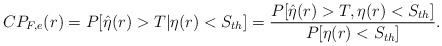
\begin{align*}CP_{F,e}(r)=P[\hat{\eta}(r)>T|\eta(r)<S_{th}]=\frac{P[\hat{\eta}(r)>T,\eta(r)<S_{th}]}{P[\eta(r)<S_{th}]} .\end{align*}